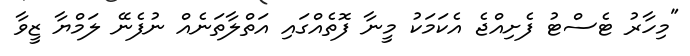
"މިހާރު ޓެސްޓު ފެށިއްޖެ އެކަމަކު މީނާ ފޮތެއްގައި އަތްލާތަނެއް ނުފެނޭ ލަމްޔާ ޒީވާ